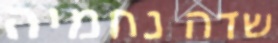
שדה נחמיה